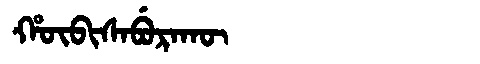
Manchu: ᡥᡡᠪᡳᠰᠠᠪᡠᡵᠠᡴᡡ
Romanization: HŪBISABURAKŪ